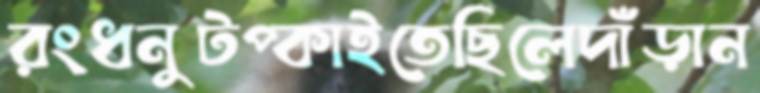
রংধনুটপ্‌কাইতেছিলেদাঁড়ান